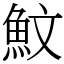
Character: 魰